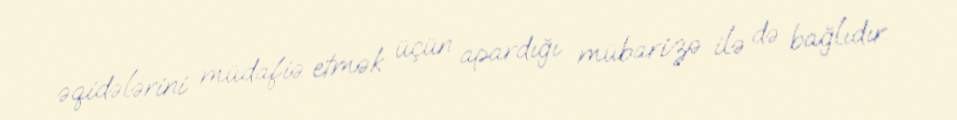
əqidələrini müdafiə etmək üçün apardığı mübarizə ilə də bağlıdır.